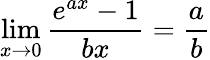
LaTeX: \operatorname*{lim}_{x\to 0}{\frac{e^{ax}-1}{bx}}={\frac{a}{b}}